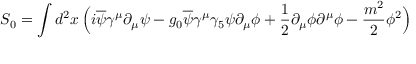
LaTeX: S _ { 0 } = \int d ^ { 2 } x \, \Big ( i \overline { { \psi } } \gamma ^ { \mu } \partial _ { \mu } \psi - g _ { 0 } \overline { { \psi } } \gamma ^ { \mu } \gamma _ { 5 } \psi \partial _ { \mu } \phi + { \frac { 1 } { 2 } } \partial _ { \mu } \phi \partial ^ { \mu } \phi - { \frac { m ^ { 2 } } { 2 } } \phi ^ { 2 } \Big )